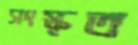
সংস্কৃত